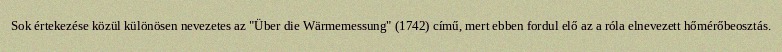
Sok értekezése közül különösen nevezetes az "Über die Wärmemessung" (1742) című, mert ebben fordul elő az a róla elnevezett hőmérőbeosztás.